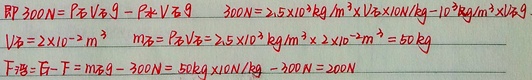
\(F_{拉}=300N=\rho_{石}V_{石}g - \rho_{水}V_{石}g\)
\(300N = 2.5\times10^{3}kg/m^{3}\times V_{石}\times10N/kg - 10^{3}kg/m^{3}\times V_{石}\times10N/kg\)
\(V_{石}=2\times10^{-2}m^{3}\)
\(m_{石}=\rho_{石}V_{石}=2.5\times10^{3}kg/m^{3}\times2\times10^{-2}m^{3}=50kg\)
\(F_{浮}=G - F = m_{石}g - 300N = 50kg\times10N/kg - 300N = 200N\)